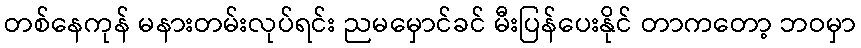
တစ်နေကုန် မနားတမ်းလုပ်ရင်း ညမမှောင်ခင် မီးပြန်ပေးနိုင် တာကတော့ ဘဝမှာ